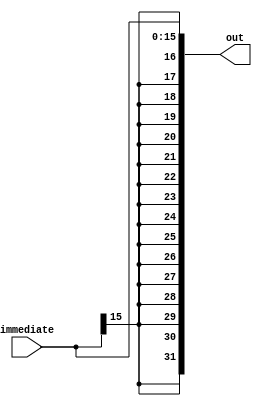
//-----------------------------------------------------------------------------
// Universidade Estadual de Feira de Santana
// TEC499 - MI - Sistemas Digitais
// Antares-R2 2016.1
//
// Module: sign_extend.v
// Desc: Structure to Signal extend a 16 bits value to 32 bits
// Inputs:
// 	Immediate: The Imediate that will be signal extend
// Outputs:
// 	Out: The Imediate with signal extended
//-----------------------------------------------------------------------------

`ifndef _sign_extend
`define _sign_extend

module sign_extend(
      input  [15:0] immediate,
      output [31:0] out);

      assign out = $signed(immediate);

endmodule

`endif